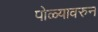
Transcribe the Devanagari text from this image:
पोळ्यावरुन